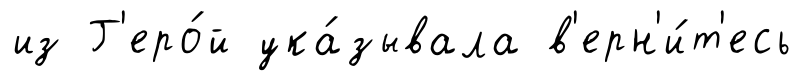
из Г'еро́й ука́зывала в'ерн'и́т'есь